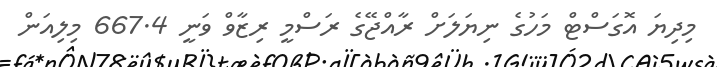
މިދިޔަ އޮގަސްޓް މަހުގެ ނިޔަލަށް ރާއްޖޭގެ ރަސްމީ ރިޒާވް ވަނީ 667.4 މިލިއަން